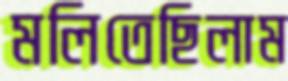
মলিতেছিলাম